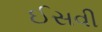
ઈસવી